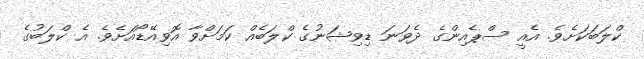
ކްލަބަކަށެވެ. އެއީ ސްޕެއިންގެ ދެވަނަ ޑިވިޝަނުގެ ކްލަބެއް ކަމަށްވާ އޮވިއޭޑޯއަށެވެ. އެ ކްލަބުގެ